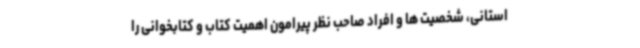
استانی، شخصیت ها و افراد صاحب نظر پیرامون اهمیت کتاب و کتابخوانی را